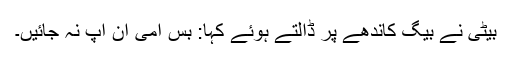
بیٹی نے بیگ کاندھے پر ڈالتے ہوئے کہا: بس امی ان آپ نہ جائیں۔